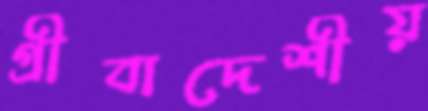
গ্রীবাদেশীয়